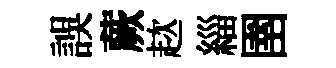
誤蕨趑緇圉